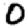
Digit: 0